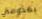
بقدومي